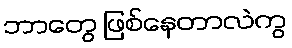
ဘာတွေ ဖြစ်နေတာလဲကွ